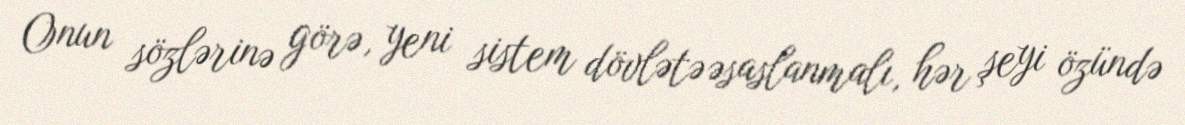
Onun sözlərinə görə, yeni sistem dövlətə əsaslanmalı, hər şeyi özündə